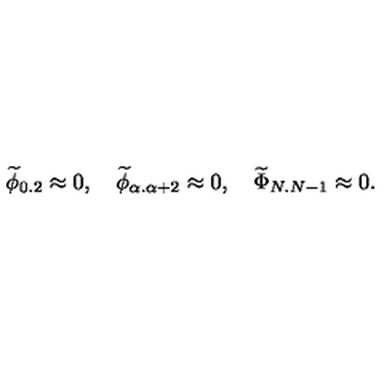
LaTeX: { \widetilde \phi } _ { 0 . 2 } \approx 0 , \quad { \widetilde \phi } _ { \alpha . \alpha + 2 } \approx 0 , \quad { \widetilde \Phi } _ { N . N - 1 } \approx 0 .